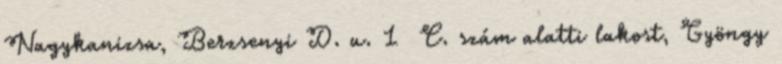
Nagykanizsa, Berzsenyi D. u. 1 C. szám alatti lakost, Gyöngy